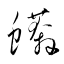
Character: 蠎